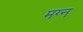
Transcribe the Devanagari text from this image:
मग्‍न